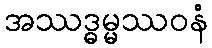
အဿဒ္ဓမ္မဿဝနံ